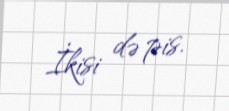
İkisi də pis.